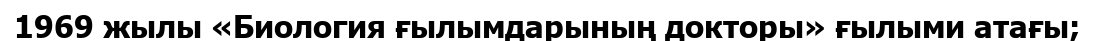
1969 жылы «Биология ғылымдарының докторы» ғылыми атағы;